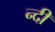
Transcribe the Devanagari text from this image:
न्दी